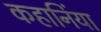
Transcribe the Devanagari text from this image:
कहानिंया